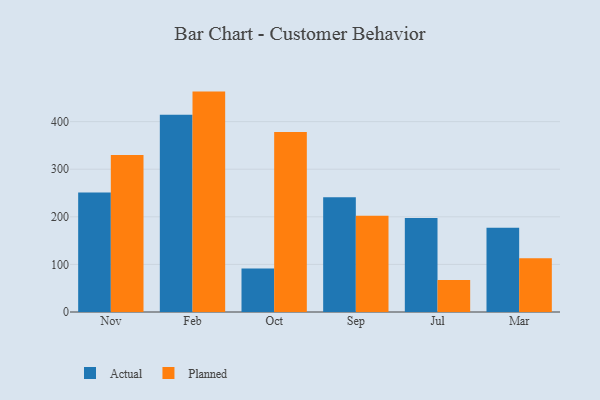
{"axis": {"x": "Month", "y": "Customer Acquisition Cost (USD)"}, "legend": ["Actual", "Planned"], "data": [{"x": "Nov", "y": 251.0, "type": "Actual"}, {"x": "Nov", "y": 329.7, "type": "Planned"}, {"x": "Feb", "y": 414.5, "type": "Actual"}, {"x": "Feb", "y": 463.1, "type": "Planned"}, {"x": "Oct", "y": 91.4, "type": "Actual"}, {"x": "Oct", "y": 378.0, "type": "Planned"}, {"x": "Sep", "y": 241.1, "type": "Actual"}, {"x": "Sep", "y": 202.1, "type": "Planned"}, {"x": "Jul", "y": 197.5, "type": "Actual"}, {"x": "Jul", "y": 67.3, "type": "Planned"}, {"x": "Mar", "y": 177.1, "type": "Actual"}, {"x": "Mar", "y": 112.9, "type": "Planned"}]}